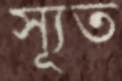
স্যূত